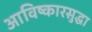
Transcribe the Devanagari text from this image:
आविष्कारसुद्धा